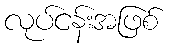
လုပ်ငန်းအဖြစ်